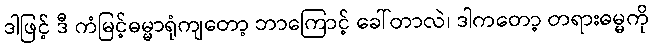
ဒါဖြင့် ဒီ ကံမြင့်ဓမ္မာရုံကျတော့ ဘာကြောင့် ခေါ်တာလဲ၊ ဒါကတော့ တရားဓမ္မကို